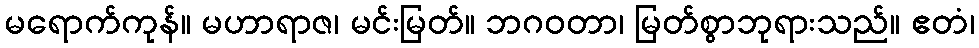
မရောက်ကုန်။ မဟာရာဇ၊ မင်းမြတ်။ ဘဂဝတာ၊ မြတ်စွာဘုရားသည်။ ဧတံ၊